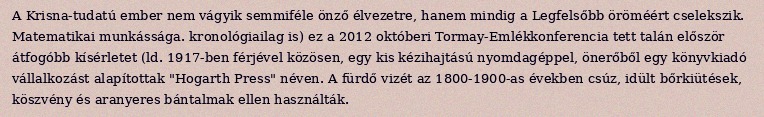
A Krisna-tudatú ember nem vágyik semmiféle önző élvezetre, hanem mindig a Legfelsőbb öröméért cselekszik. Matematikai munkássága. kronológiailag is) ez a 2012 októberi Tormay-Emlékkonferencia tett talán először átfogóbb kísérletet (ld. 1917-ben férjével közösen, egy kis kézihajtású nyomdagéppel, önerőből egy könyvkiadó vállalkozást alapítottak "Hogarth Press" néven. A fürdő vizét az 1800-1900-as években csúz, idült bőrkiütések, köszvény és aranyeres bántalmak ellen használták.